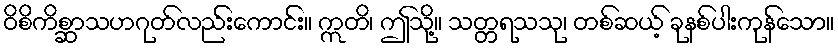
ဝိစိကိစ္ဆာသဟဂုတ်လည်းကောင်း။ ဣတိ၊ ဤသို့။ သတ္တရသသု၊ တစ်ဆယ့် ခုနစ်ပါးကုန်သော။